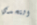
التحدي